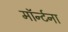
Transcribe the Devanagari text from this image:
मॉर्न्टना